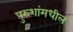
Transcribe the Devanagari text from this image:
पुरुशांमधील